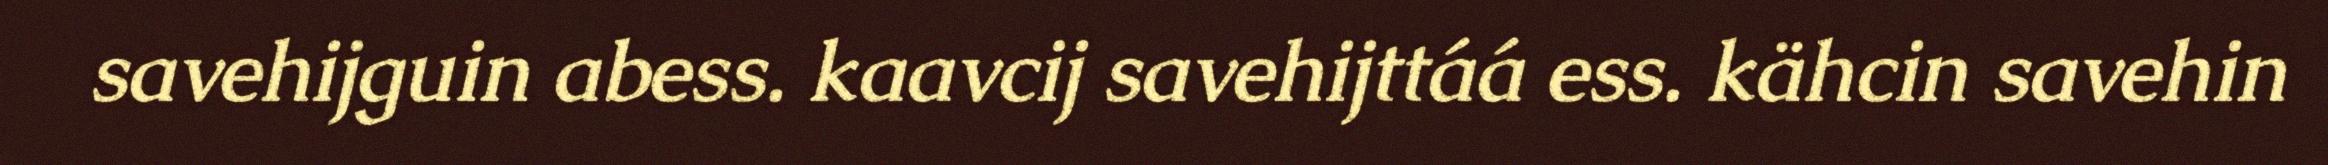
savehijguin abess. kaavcij savehijttáá ess. kähcin savehin